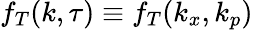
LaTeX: f_{T}(k,\tau)\equiv f_{T}(k_{x},k_{p})